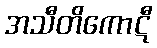
အသီတိကောဋီ